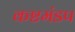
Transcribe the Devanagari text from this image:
कष्टमंडप